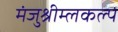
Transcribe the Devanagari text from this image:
मंजुश्रीम्लकल्प